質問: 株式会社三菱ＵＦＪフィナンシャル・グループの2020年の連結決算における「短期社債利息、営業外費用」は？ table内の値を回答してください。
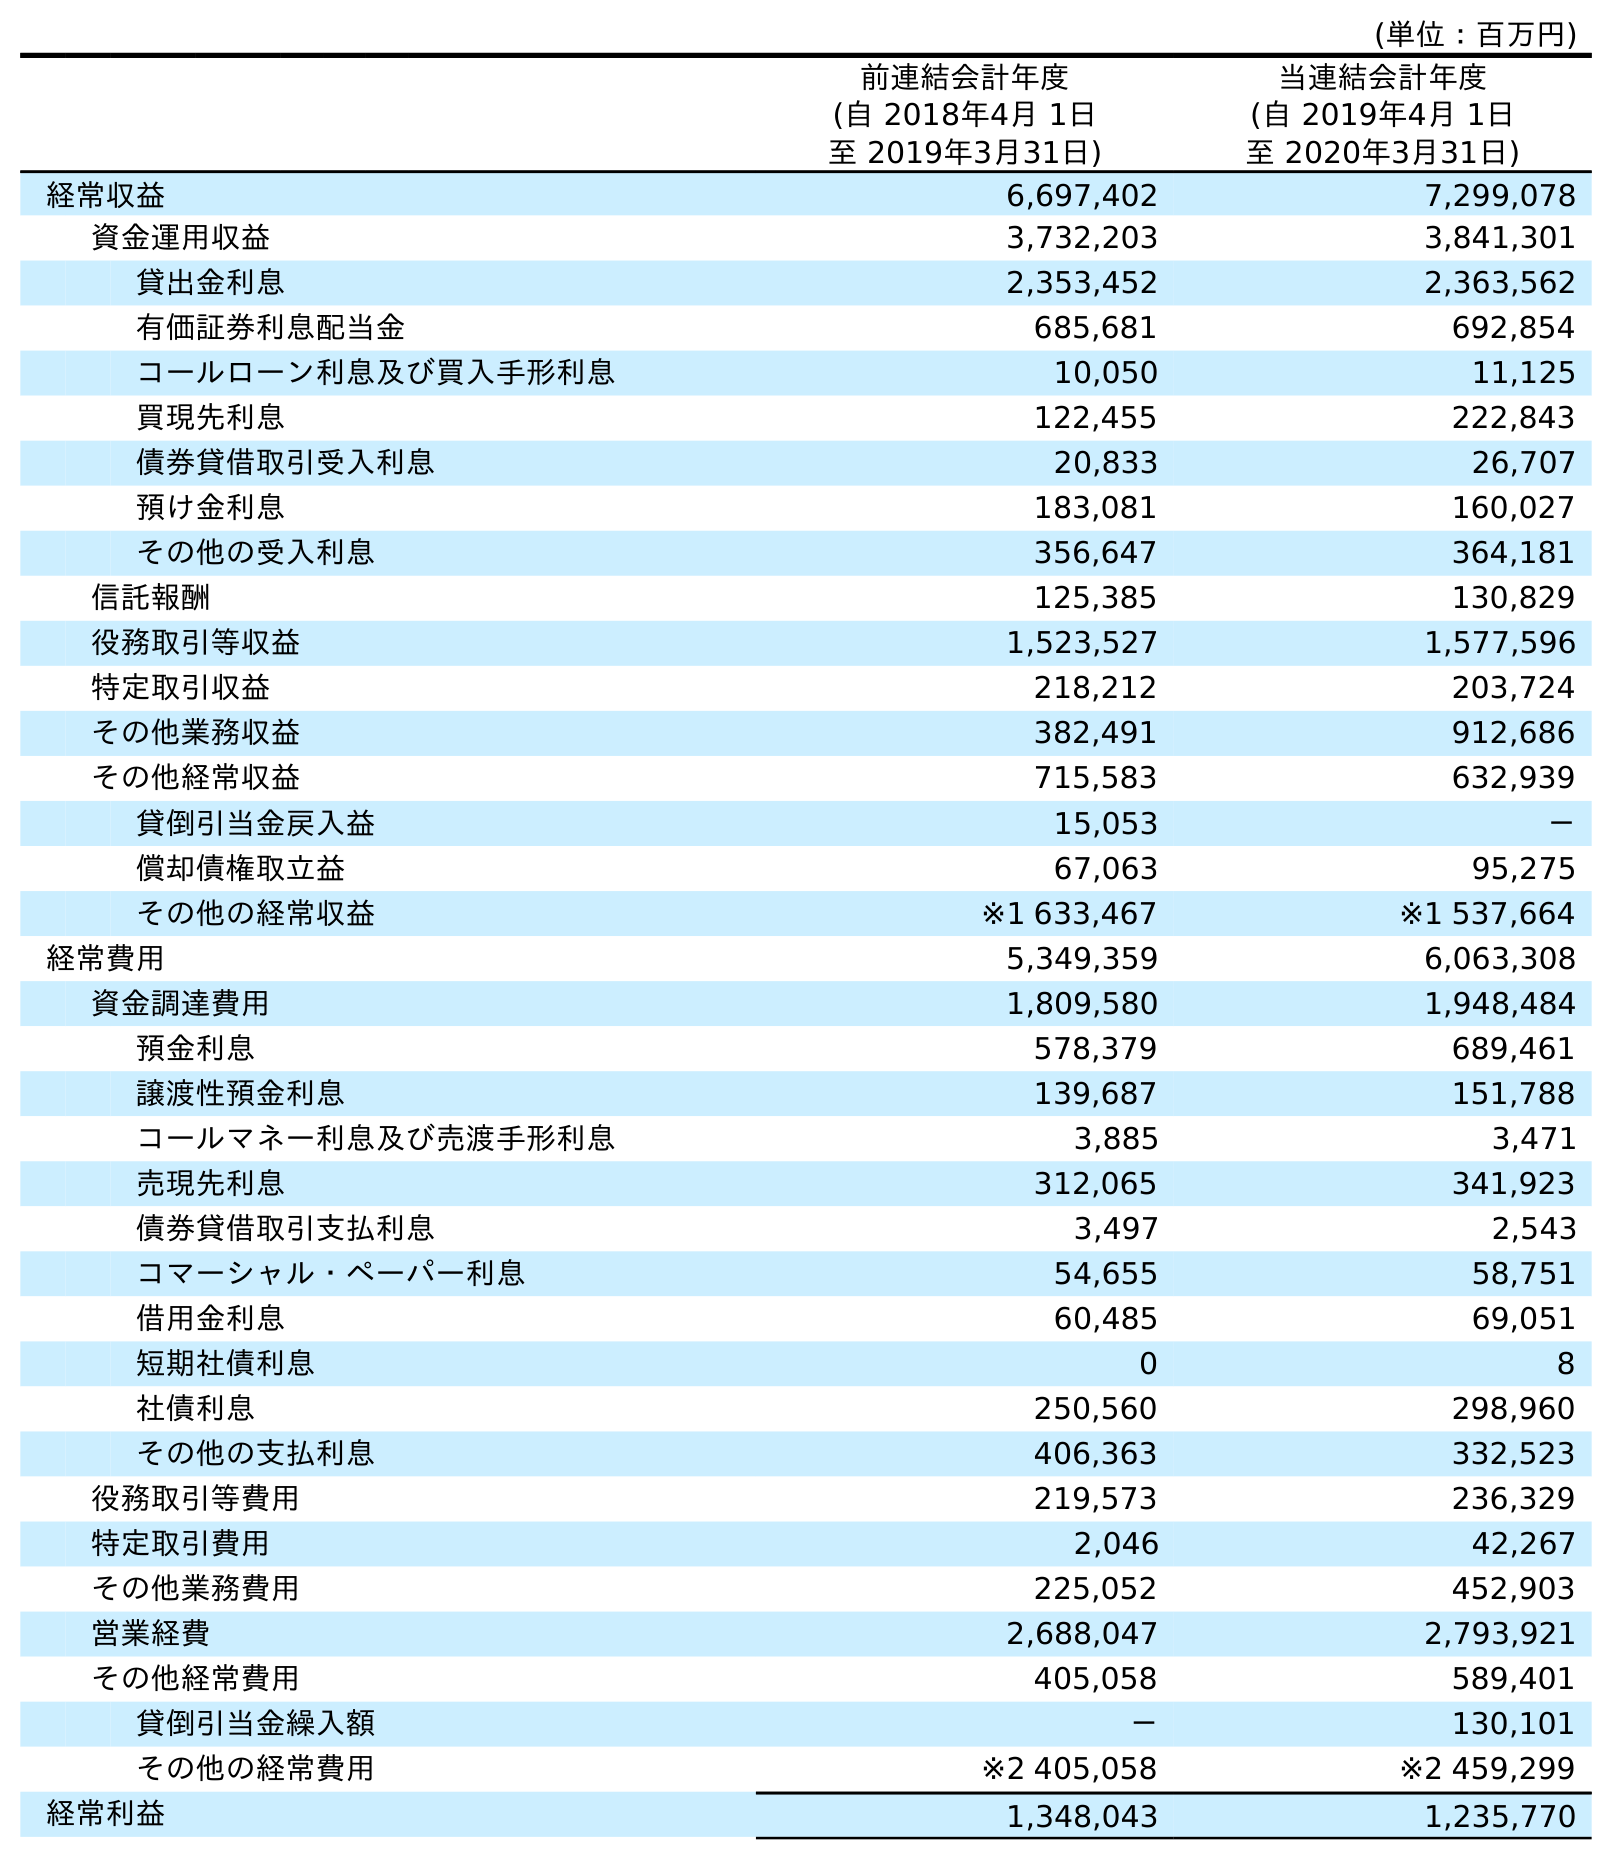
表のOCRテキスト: (単位：百万円) 前連結会計年度 (自 2018年4月 1日 至 2019年3月31日) 当連結会計年度 (自 2019年4月 1日 至 2020年3月31日) 経常収益 6,697,402 7,299,078 資金運用収益 3,732,203 3,841,301 貸出金利息 2,353,452 2,363,562 有価証券利息配当金 685,681 692,854 コールローン利息及び買入手形利息 10,050 11,125 買現先利息 122,455 222,843 債券貸借取引受入利息 20,833 26,707 預け金利息 183,081 160,027 その他の受入利息 356,647 364,181 信託報酬 125,385 130,829 役務取引等収益 1,523,527 1,577,596 特定取引収益 218,212 203,724 その他業務収益 382,491 912,686 その他経常収益 715,583 632,939 貸倒引当金戻入益 15,053 － 償却債権取立益 67,063 95,275 その他の経常収益 ※1 633,467 ※1 537,664 経常費用 5,349,359 6,063,308 資金調達費用 1,809,580 1,948,484 預金利息 578,379 689,461 譲渡性預金利息 139,687 151,788 コールマネー利息及び売渡手形利息 3,885 3,471 売現先利息 312,065 341,923 債券貸借取引支払利息 3,497 2,543 コマーシャル・ペーパー利息 54,655 58,751 借用金利息 60,485 69,051 短期社債利息 0 8 社債利息 250,560 298,960 その他の支払利息 406,363 332,523 役務取引等費用 219,573 236,329 特定取引費用 2,046 42,267 その他業務費用 225,052 452,903 営業経費 2,688,047 2,793,921 その他経常費用 405,058 589,401 貸倒引当金繰入額 － 130,101 その他の経常費用 ※2 405,058 ※2 459,299 経常利益 1,348,043 1,235,770
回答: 8